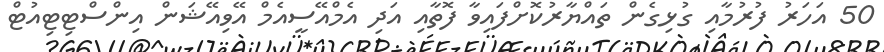
50 އަހަރު ފުރުމާއި ގުޅިގެން ތައްޔާރުކޮށްފައިވާ ފޮތާއި އަދި އެމްއޭސީއެމް އޭވިއޭޝަން އިންސްޓިޓިއުޓް